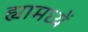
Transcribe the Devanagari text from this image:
ह्यामध्यें